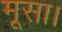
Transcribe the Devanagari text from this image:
मूसा।